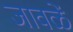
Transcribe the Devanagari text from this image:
जावळें